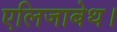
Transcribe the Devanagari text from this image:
एलिजाबेथ।